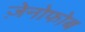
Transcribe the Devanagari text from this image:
ज़ेनोफोब